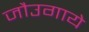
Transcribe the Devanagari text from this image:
जौउगाये